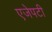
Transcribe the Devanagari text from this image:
एजेपटी